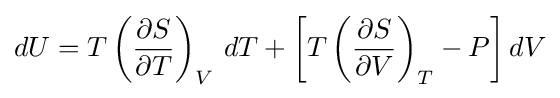
dU=T\left({\frac {\partial S}{\partial T}}\right)_{V}\,dT+\left[T\left({\frac {\partial S}{\partial V}}\right)_{T}-P\right]dV